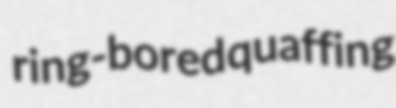
ring-bored quaffing